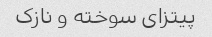
پیتزای سوخته و نازک